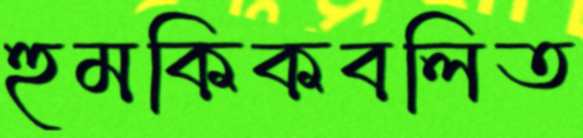
হুমকিকবলিত